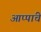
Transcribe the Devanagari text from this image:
आप्पांचे